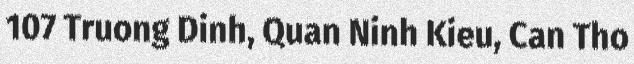
107 Truong Dinh, Quan Ninh Kieu, Can Tho